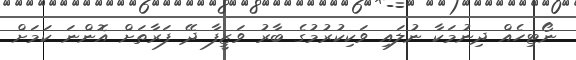
ނޯޓިހެއް ދިނުމަކާ ނުލައި ވަކިކުރުމުގެ ބާރު ވަޒީފާ ދޭ ފަރާތަށް އޮންނަ ކަމަށް